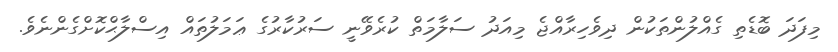
މިފަދަ ބޮޑެތި ގެއްލުންތަކުން ދިވެހިރާއްޖެ މިއަދު ސަލާމަތް ކުރެވޭނީ ސަރުކާރުގެ ޢަމަލުތައް އިސްލާޙްކޮށްގެންނެވެ.